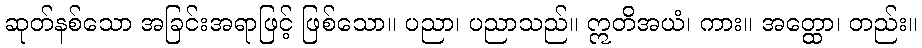
ဆုတ်နစ်သော အခြင်းအရာဖြင့် ဖြစ်သော။ ပညာ၊ ပညာသည်။ ဣတိအယံ၊ ကား။ အတ္ထော၊ တည်း။